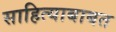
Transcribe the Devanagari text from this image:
साहित्याबाबत